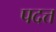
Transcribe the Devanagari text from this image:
पदत्त